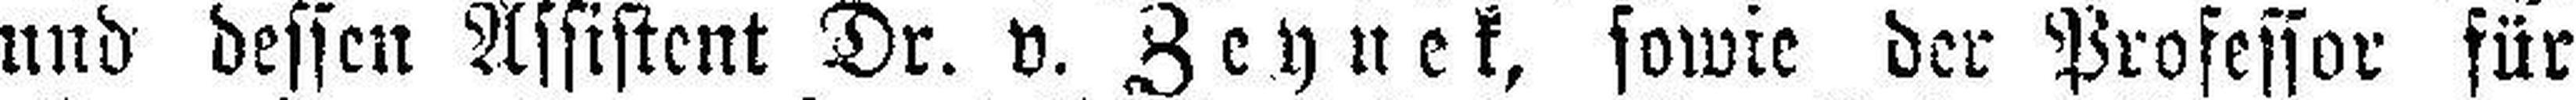
und dessen Assistent Dr. v. Zeynek, sowie der Professor für